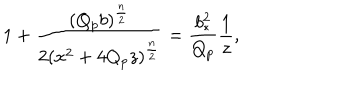
1 + { \frac { ( Q _ { p } b ) ^ { \frac { n } { 2 } } } { 2 ( x ^ { 2 } + 4 Q _ { p } z ) ^ { \frac { n } { 2 } } } } = { \frac { b _ { * } ^ { 2 } } { Q _ { p } } } { \frac { 1 } { z } } ,